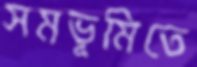
সমভূমিতে